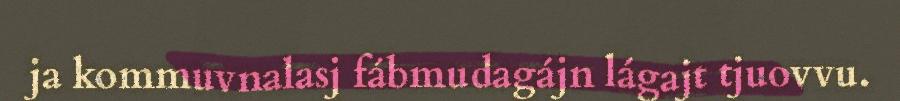
ja kommuvnalasj fábmudagájn lágajt tjuovvu.